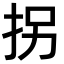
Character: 拐